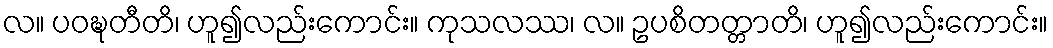
လ။ ပဝဍ္ဎတီတိ၊ ဟူ၍လည်းကောင်း။ ကုသလဿ၊ လ။ ဥပစိတတ္တာတိ၊ ဟူ၍လည်းကောင်း။